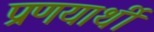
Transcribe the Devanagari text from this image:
प्रणयार्थी